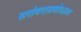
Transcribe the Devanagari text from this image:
सरोवरासभोवताल